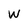
Character: W